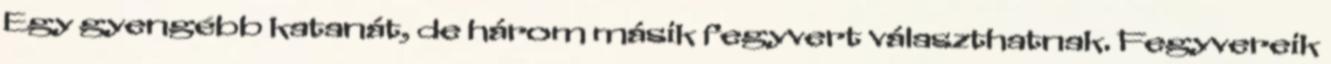
Egy gyengébb katanát, de három másik fegyvert választhatnak. Fegyvereik